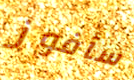
سأفوز